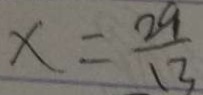
x = \frac { 2 9 } { 1 3 }